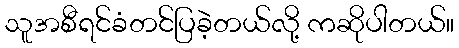
သူအစီရင်ခံတင်ပြခဲ့တယ်လို့ ကဆိုပါတယ်။